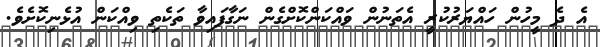
އެ ދެ މީހުން ހައްޔަރުކުރީ އެތަނުން ވައްކަންކޮށްގެން ނަގާފައިވާ ތަކެތި ވިއްކަން އުޅެނިކޮށެވެ.